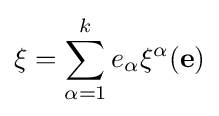
\xi =\sum _{\alpha =1}^{k}e_{\alpha }\xi ^{\alpha }(\mathbf {e} )